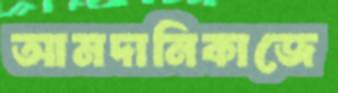
আমদানিকাজে